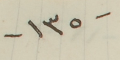
-١٣٥-